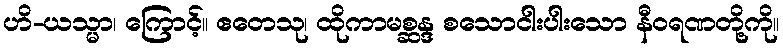
ဟိ-ယသ္မာ၊ ကြောင့်။ ဧတေသု၊ ထိုကာမစ္ဆန္ဒ စသောငါးပါးသော နီဝရဏတို့ကို။